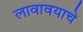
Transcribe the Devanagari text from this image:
लावावयाचे